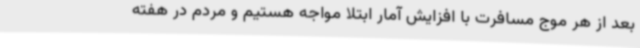
بعد از هر موج مسافرت با افزایش آمار ابتلا مواجه هستیم و مردم در هفته